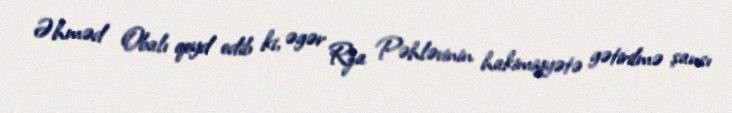
Əhməd Obalı qeyd edib ki, əgər Rza Pəhləvinin hakimiyyətə gətirilmə şansı